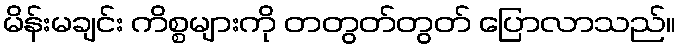
မိန်းမချင်း ကိစ္စများကို တတွတ်တွတ် ပြောလာသည်။